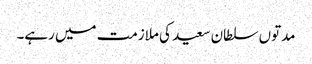
مدتوں سلطان سعید کی ملازمت میں رہے۔